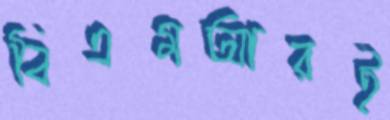
বিএমআরই